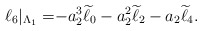
\begin{align*} \ell_6|_{\Lambda_1} =& {-}a_2^3 \widetilde{\ell}_0 -a_2^2 \widetilde{\ell}_2 - a_2\widetilde{\ell}_4. \end{align*}